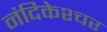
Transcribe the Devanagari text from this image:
नंदिकेश्चर